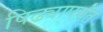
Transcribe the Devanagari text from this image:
पिढ्यापर्यंत